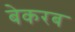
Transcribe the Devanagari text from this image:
बेकरब